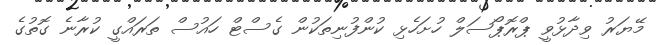
މޭޔަރު ވިދާޅުވީ ޕްރޮޕޯސަލް ހުށަހެޅި ކުންފުނިތަކުން ގެސްޓް ހައުސް ތަރައްގީ ކުރާނެ ގޮތުގެ